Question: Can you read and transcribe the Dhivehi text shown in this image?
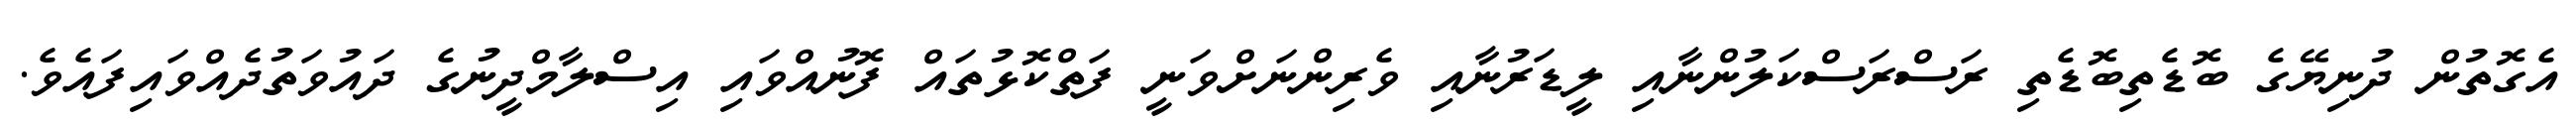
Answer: އެގޮތުން ދުނިޔޭގެ ބޮޑެތިބޮޑެތި ރަސްރަސްކަލުންނާއި ލީޑަރުނާއި ވެރިންނަށްވަނީ ފަތްކޮޅުތައް ފޮނުއްވައި އިސްލާމްދީނުގެ ދައުވަތުދެއްވައިފައެވެ.